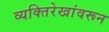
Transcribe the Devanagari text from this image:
व्यक्तिरेखांवरून